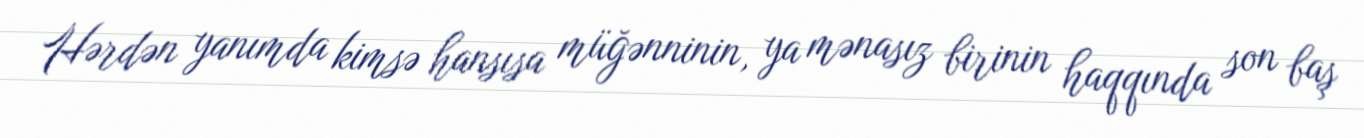
Hərdən yanımda kimsə hansısa müğənninin, ya mənasız birinin haqqında son baş